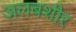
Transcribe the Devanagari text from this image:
अलबशीर